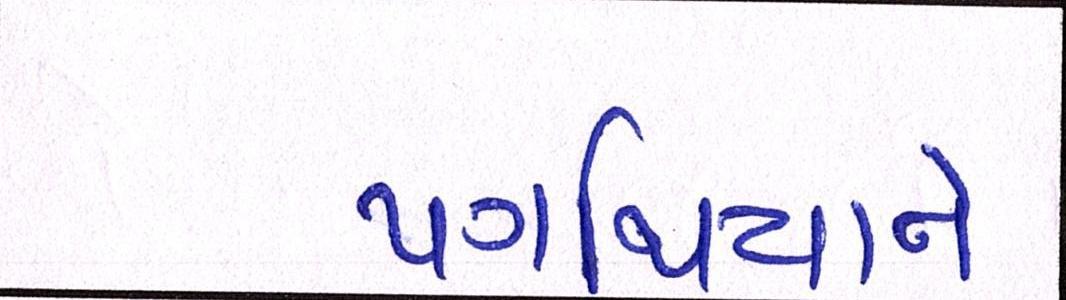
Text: પગથિયાને